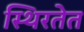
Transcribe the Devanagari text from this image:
स्थिरतेत